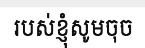
របស់ខ្ញុំសូមចុច